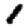
Digit: 1